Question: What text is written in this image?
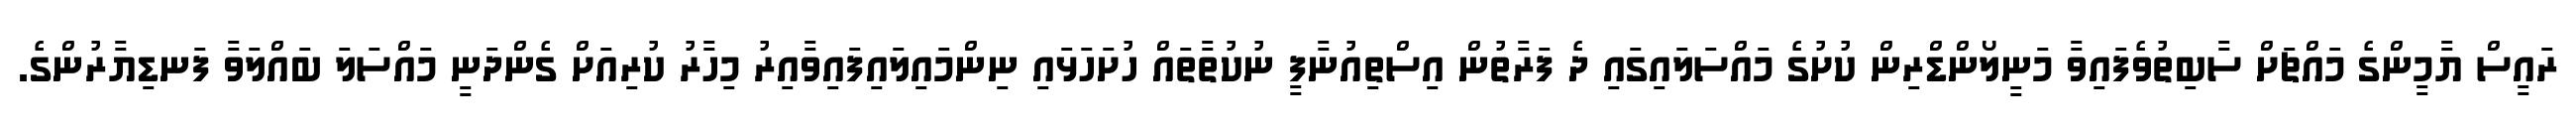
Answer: ރައީސް ޔާމީންގެ މައްޗަށް ސާބިތުވެފައިވާ މަނީލޯންޑްރިން ކުށުގެ މައްސަލައިގައި ދެ ފަރާތުން އިސްތިއުނާފީ ނުކުތާތައް ހުށަހަޅައި ނިންމައިލައިފައިވާއިރު މިހާރު ކުރިއަށް ގެންދަނީ މައްސަލަ ބައްލަވާ ފަނޑިޔާރުންގެ.